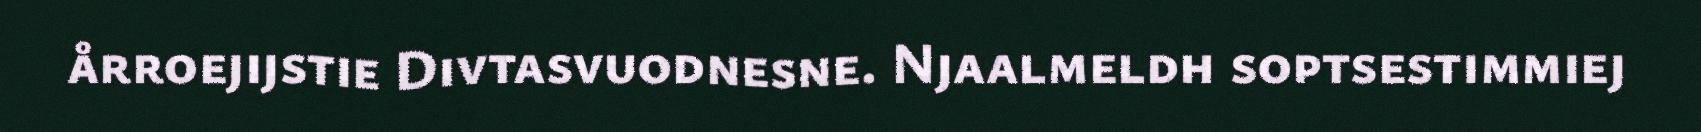
årroejijstie Divtasvuodnesne. Njaalmeldh soptsestimmiej